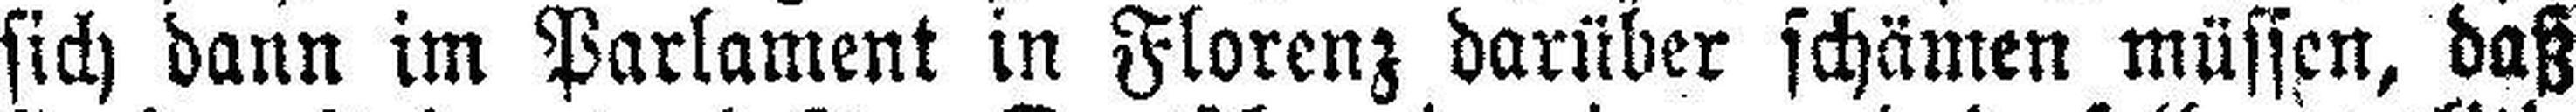
sich dann im Parlament in Florenz darüber schämen müssen, daß